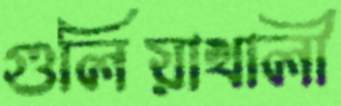
গুলিয়াখালী